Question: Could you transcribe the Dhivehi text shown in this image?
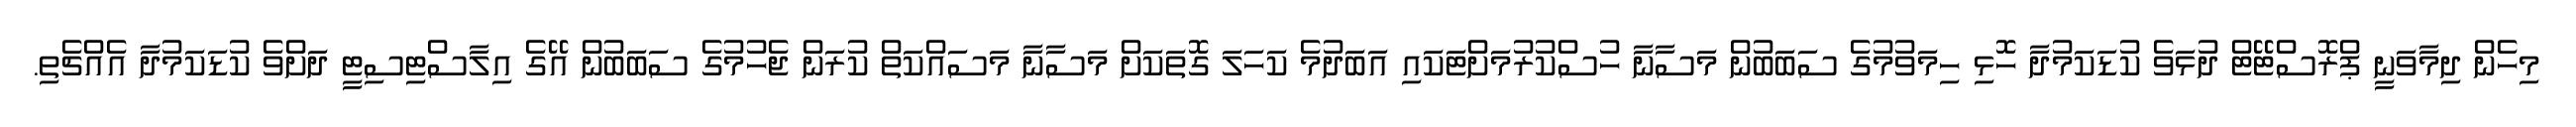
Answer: މިހެން ދިމާވަނީ ޕްރޮސްޓޭޓް ދުޅަވެ ކުޑަކަމުދާ ހޮޅި ހިމަވުމުގެ ސަބަބުން މަސާނާ ހުސްކުރުމަށްޓަކައި އަބަދުމެ ކަހަލަ ގޮތަކަށް މަސާނާ މަސައްކަތް ކުރަން ޖެހުމުގެ ސަބަބުން އޭގެ އިލާސްޓިސިޓީ ދަށްވެ ކުޑަކަމުދާ އެއްޗެތި.